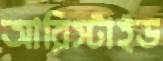
আরিস্টাইড